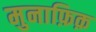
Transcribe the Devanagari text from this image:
मुनाफ़िक़